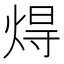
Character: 𤊢